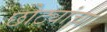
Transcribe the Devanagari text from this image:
छोट्यांचा